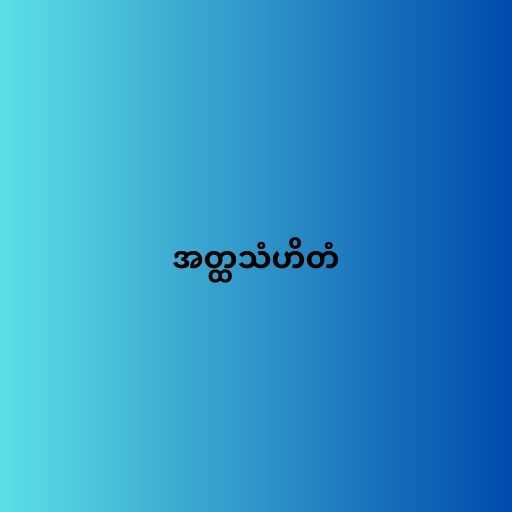
အတ္ထသံဟိတံ